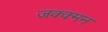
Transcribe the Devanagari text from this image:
जक्क्मन